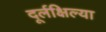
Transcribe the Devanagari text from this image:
दूर्लक्षिल्या